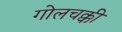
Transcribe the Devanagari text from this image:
गोलचक्की